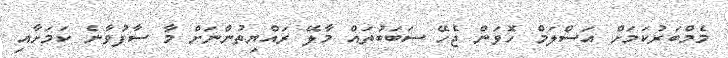
މެމްބަރުކަމަށް އަސްލަމް ހޮވަން ޖެހޭ ސަބަބުތައް މާލޭ ރައްޔިތުންނަށް މާ ސާފުވާނެ ކަމަށާއި